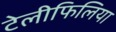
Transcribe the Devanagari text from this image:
टेलीफिलिया